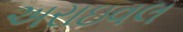
અરાઇવલ